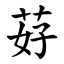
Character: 䒵